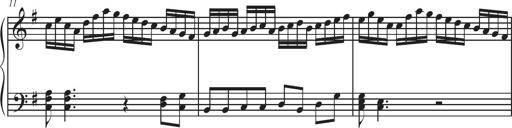
Title: Sonatina Espania
Composer: Jerald Franklin Archer
Key: Various